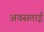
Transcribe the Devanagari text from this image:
अवसताई